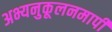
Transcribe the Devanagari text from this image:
अभ्यनुकूलनमापी